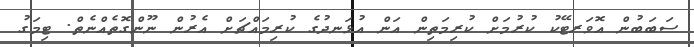
ސަބަބުން އޮވަރޓޭކު ކުރުމަށް ކުރިމަތިން އަން އުޅަނދުގެ ކުރިމައްޗަށް އެރުން ނޫންގޮތެއްނެތް. ޓިމަގު